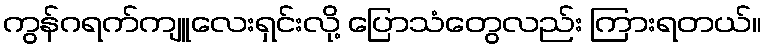
ကွန်ဂရက်ကျူလေးရှင်းလို့ ပြောသံတွေလည်း ကြားရတယ်။